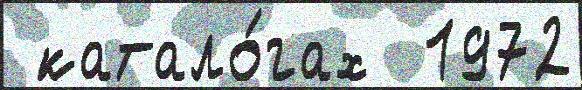
 катало́гах  1972